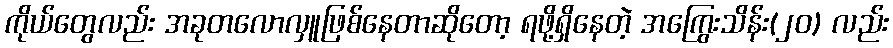
ကိုယ်တွေလည်း အခုတလောလှူဖြစ်နေတာဆိုတော့ ရဖို့ရှိနေတဲ့ အကြွေးသိန်း(၂၀) လည်း